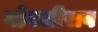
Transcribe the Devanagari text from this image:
गोगजीराव